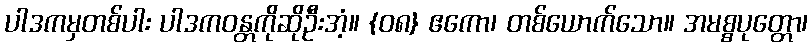
ပါဒကမှတစ်ပါး ပါဒကဝန္တကိုဆိုဦးအံ့။ {၀၈} ဧကော၊ တစ်ယောက်သော။ အမစ္စပုတ္တော၊